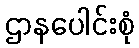
ဌာနပေါင်းစုံ